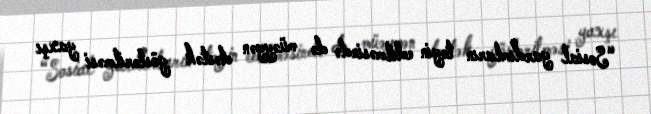
“Sosial yardımların təyin edilməsində də müəyyən dəstək göstərilməsi yaxşı